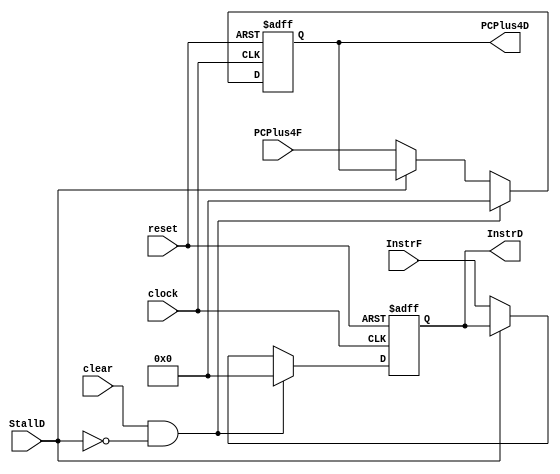
module FetchToDecode(input wire clock, reset, input wire [31:0] PCPlus4F, InstrF, input wire StallD, clear,
    output reg [31:0] PCPlus4D, InstrD);

    always @(posedge clock or negedge reset) 
    begin
        if(!reset)
            begin
                PCPlus4D <= 0;
                InstrD   <= 0;
            end
        else if (clear && !StallD)
            begin
                PCPlus4D <= 0;
                InstrD   <= 0;
            end
        else  if (!StallD)
            begin
                PCPlus4D <= PCPlus4F;
                InstrD   <= InstrF;
            end    
    end

endmodule